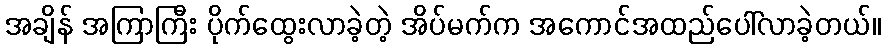
အချိန် အကြာကြီး ပိုက်ထွေးလာခဲ့တဲ့ အိပ်မက်က အကောင်အထည်ပေါ်လာခဲ့တယ်။